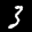
Label: 3